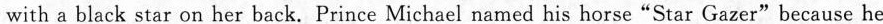
with a black star on her back. Prince Michael named his horse"Star Gazer"because he